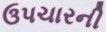
ઉપચારની